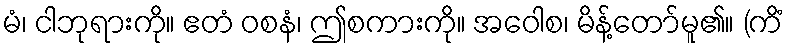
မံ၊ ငါဘုရားကို။ ဧတံ ဝစနံ၊ ဤစကားကို။ အဝေါစ၊ မိန့်တော်မူ၏။ (ကိံ